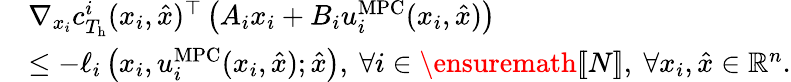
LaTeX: \begin{array}{rl}&{\nabla_{x_{i}}c_{T_{\mathrm{h}}}^{i}(x_{i},\hat{x})^{\top}\left(A_{i}x_{i}+B_{i}u_{i}^{\mathrm{MPC}}(x_{i},\hat{x})\right)}\\ &{\le-\ell_{i}\left(x_{i},u_{i}^{\mathrm{MPC}}(x_{i},\hat{x});\hat{x}\right),\ \forall i\in\ensuremath{[\! [N]\! ]},\ \forall x_{i},\hat{x}\in{\mathbb R}^{n}.}\end{array}